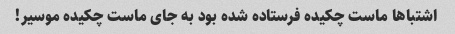
اشتباها ماست چکیده فرستاده شده بود به جای ماست چکیده موسیر!